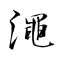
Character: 澠